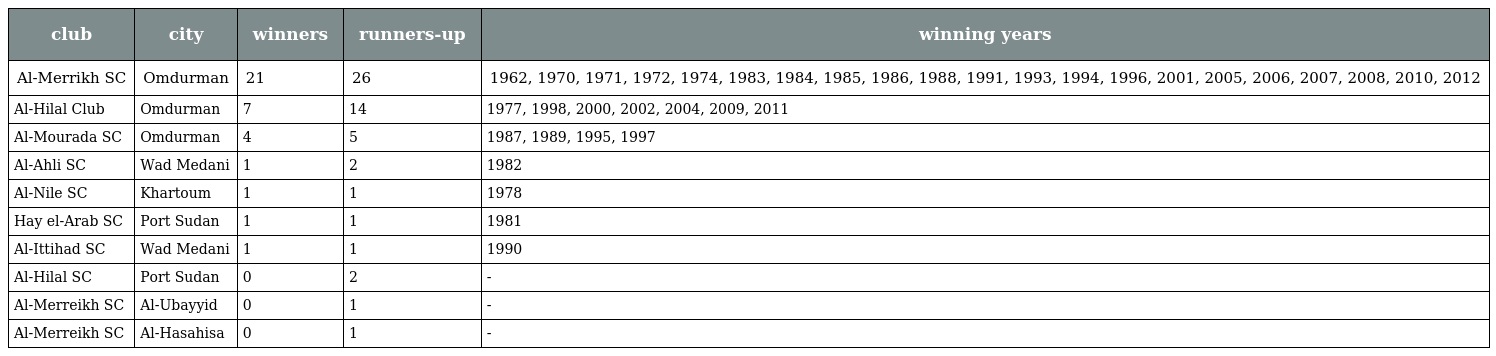
| club | city | winners | runners-up | winning years |
 | --- | --- | --- | --- | --- |
 | Al-Merrikh SC | Omdurman | 21 | 26 | 1962, 1970, 1971, 1972, 1974, 1983, 1984, 1985, 1986, 1988, 1991, 1993, 1994, 1996, 2001, 2005, 2006, 2007, 2008, 2010, 2012 |
 | Al-Hilal Club | Omdurman | 7 | 14 | 1977, 1998, 2000, 2002, 2004, 2009, 2011 |
 | Al-Mourada SC | Omdurman | 4 | 5 | 1987, 1989, 1995, 1997 |
 | Al-Ahli SC | Wad Medani | 1 | 2 | 1982 |
 | Al-Nile SC | Khartoum | 1 | 1 | 1978 |
 | Hay el-Arab SC | Port Sudan | 1 | 1 | 1981 |
 | Al-Ittihad SC | Wad Medani | 1 | 1 | 1990 |
 | Al-Hilal SC | Port Sudan | 0 | 2 | - |
 | Al-Merreikh SC | Al-Ubayyid | 0 | 1 | - |
 | Al-Merreikh SC | Al-Hasahisa | 0 | 1 | - |